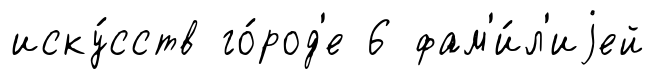
иску́сств го́род'е 6 фам'и́л'иjей